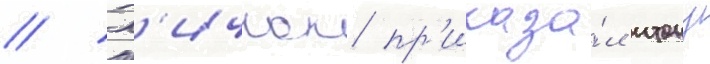
// Х'ичкок пр'иказа́л итону